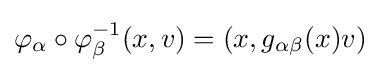
\varphi _{\alpha }\circ \varphi _{\beta }^{-1}(x,v)=(x,g_{\alpha \beta }(x)v)